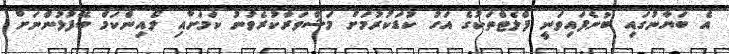
އެ ބަޔާނުގައި ބުނެފައިވަނީ ފްލެޓްތަކުގެ އަގު ކުޑަކުރުމަށް މަޝްވަރާކުރެވުނު ކަމަށާއި ލޯއިންކަމް ބޭފުޅުންނަށް